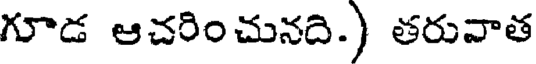
గూడ ఆచరిం చునది.) తరువాత